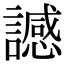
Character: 䜗